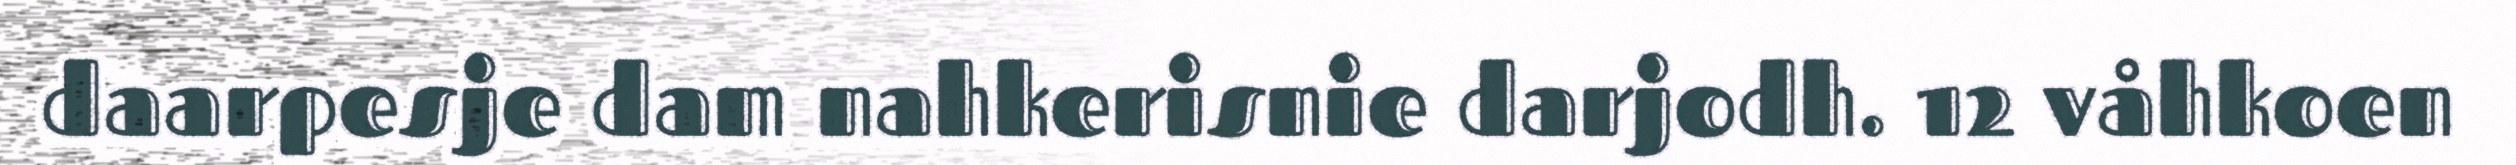
daarpesje dam nahkerisnie darjodh. 12 våhkoen